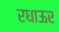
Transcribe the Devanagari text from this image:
रधाऊर